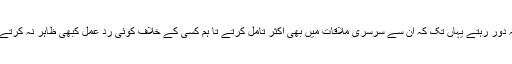
وہ سب کے لیے فیض رساں تھے جو لوگ ضرر رساں ہوتے ان سے ہمیشہ دور رہتے یہاں تک کہ ان سے سرسری ملاقات میں بھی اکثر تامل کرتے تا ہم کسی کے خلاف کوئی رد عمل کبھی ظاہر نہ کرتے البتہ قرآن حکیم کی سورۃ الناس اور سورۃ ا لفلق کا کثرت سے ورد کرتے۔